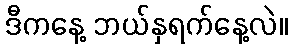
ဒီကနေ့ ဘယ်နှရက်နေ့လဲ။